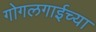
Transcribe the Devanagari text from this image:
गोगलगाईच्या